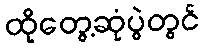
ထိုတွေ့ဆုံပွဲတွင်